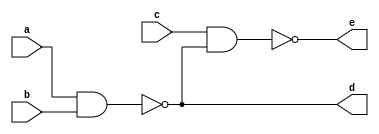
`timescale 1ns / 1ps
//////////////////////////////////////////////////////////////////////////////////
// Company: 
// Engineer: 
// 
// Design Name: 
// Module Name: three_input_NAND_gate_b
// Project Name: 
// Target Devices: 
// Tool Versions: 
// Description: 
// 
// Dependencies: 
// 
// Revision:
// Revision 0.01 - File Created
// Additional Comments:
// 
//////////////////////////////////////////////////////////////////////////////////


module three_input_NAND_gate_b(
    input a, b, c,
    output d, e
    );
    assign d = ~(a&b);
    assign e = ~(c&d);
endmodule